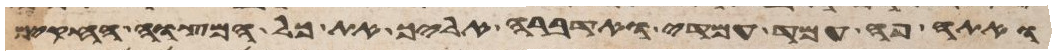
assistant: ואתה פה עמד עמדי ואדברה אליך את כל המצוה החקים